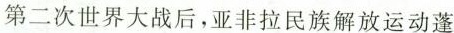
第二次世界大战后，亚非拉民族解放运动蓬